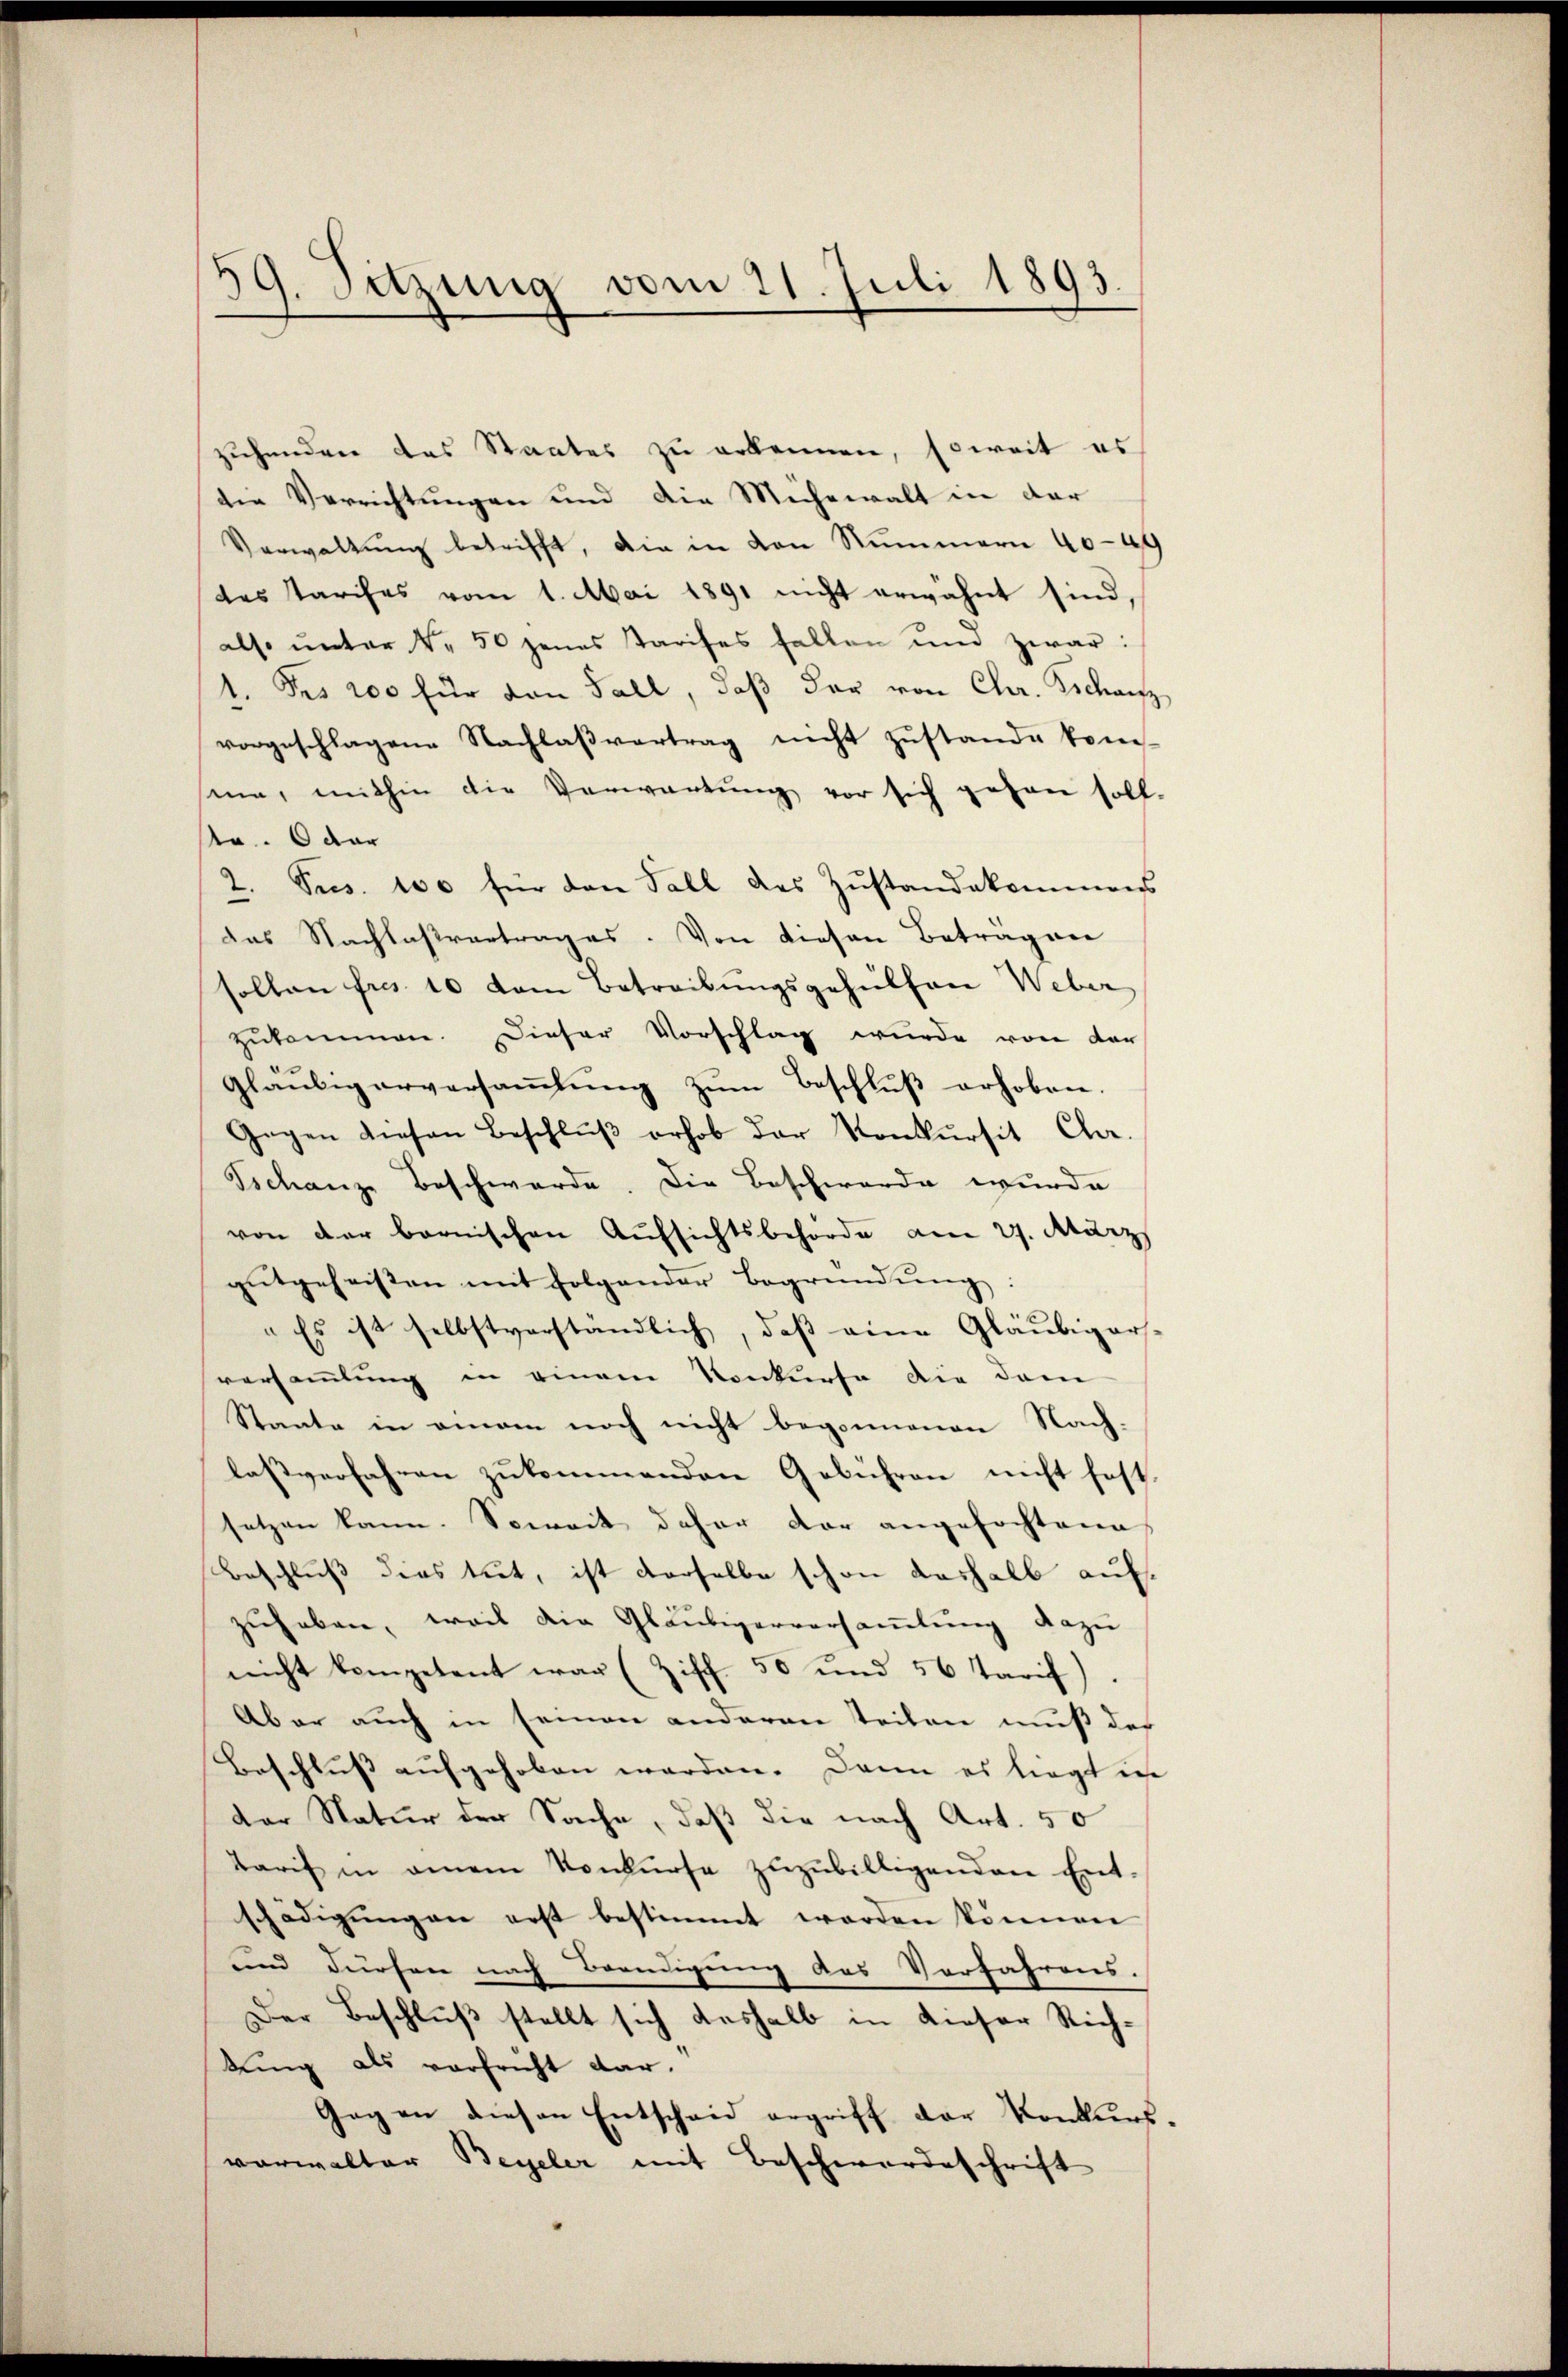
59. Sitzung vom 21. Juli 1893.

zuhandere das Staates zu erkennen, soweit es
die Verrichtungen und die Mühewalt in der
Verwaltŭng betrifft, die in den Nummern 40-49
des Parises vom 1. Mai 1891 nicht erwähnt sind,
also unter No 50 jenes Tarifes fallen und zwar:
1. Des 200 für den Fall, daß der von Chr. Tschanz
vorgeschlagene Nachlaβvertrag nicht zŭstande kom-
sinn, mithin die Verwartŭng vor sich gehen soll.
Nr. 6 dar
2. Sus. 100 für den Fall des Zŭstandekommens
das Nachlaßvertrages. Von diesen Betragner
sollen fres 10 dem Betreibungsgehülfen Weber
zukommen. Dieser Vorschlag wurde von der
gläubigerversammlung zum Beschluß erhoben.
Gegen diesen Beschlŭβ erhob der Konkursit Cha-
Tschanze Beschwerde. Die Beschwerde wurde
von der bernischen Aŭfsichtsbehörde am 27. März
gŭtgeheissen mit folgender Begründŭng:
"Es ist selbstverständlich, daß eine Gläubiger
versammlung in einem Konkurse die dem
Staate in omnem noch nicht begonnenen Nach-
lassverfahren zukommenden Gebühren nicht fest.
setzen kann. Soweit daher der angefochtene
Beschluß dies tut, ist derselbe schon deshalb aufzuheben, weil die Gläubigerversammlung dazu
nicht kompetent war (Ziff. 50 und 56 Tarif
Aber auch in seinen anderen teilen muß des
Beschluss aufgehoben werden. Dann es liegt er
der Natur der Sache, daß die nach Art. 50
Tarif in einem Konkurse zuzubilligenden Ent-
schädigŭngen erst bestimmt werden können
und dürfen nach Beendigung des Verfahrens.
Der Beschluß stellt sich deshalb in dieser Richkung als verfricht dar.
Gegen diesen Entscheid ergriff der Konkurs-
vorwalter Beyeler mit Beschwerdeschrift